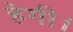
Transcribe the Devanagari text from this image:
हेगी।